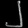
Digit: ၂